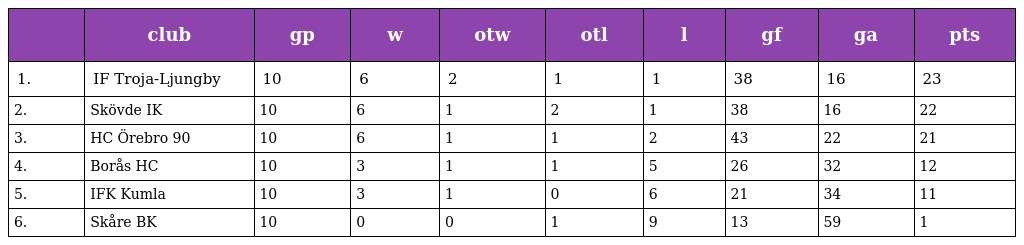
|  | club | gp | w | otw | otl | l | gf | ga | pts |
 | --- | --- | --- | --- | --- | --- | --- | --- | --- | --- |
 | 1. | IF Troja-Ljungby | 10 | 6 | 2 | 1 | 1 | 38 | 16 | 23 |
 | 2. | Skövde IK | 10 | 6 | 1 | 2 | 1 | 38 | 16 | 22 |
 | 3. | HC Örebro 90 | 10 | 6 | 1 | 1 | 2 | 43 | 22 | 21 |
 | 4. | Borås HC | 10 | 3 | 1 | 1 | 5 | 26 | 32 | 12 |
 | 5. | IFK Kumla | 10 | 3 | 1 | 0 | 6 | 21 | 34 | 11 |
 | 6. | Skåre BK | 10 | 0 | 0 | 1 | 9 | 13 | 59 | 1 |